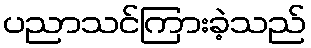
ပညာသင်ကြားခဲ့သည်